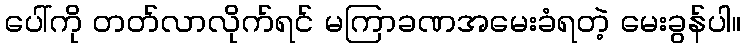
ပေါ်ကို တတ်လာလိုက်ရင် မကြာခဏအမေးခံရတဲ့ မေးခွန်ပါ။